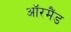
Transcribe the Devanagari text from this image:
ऑरमैंड